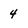
Character: 4